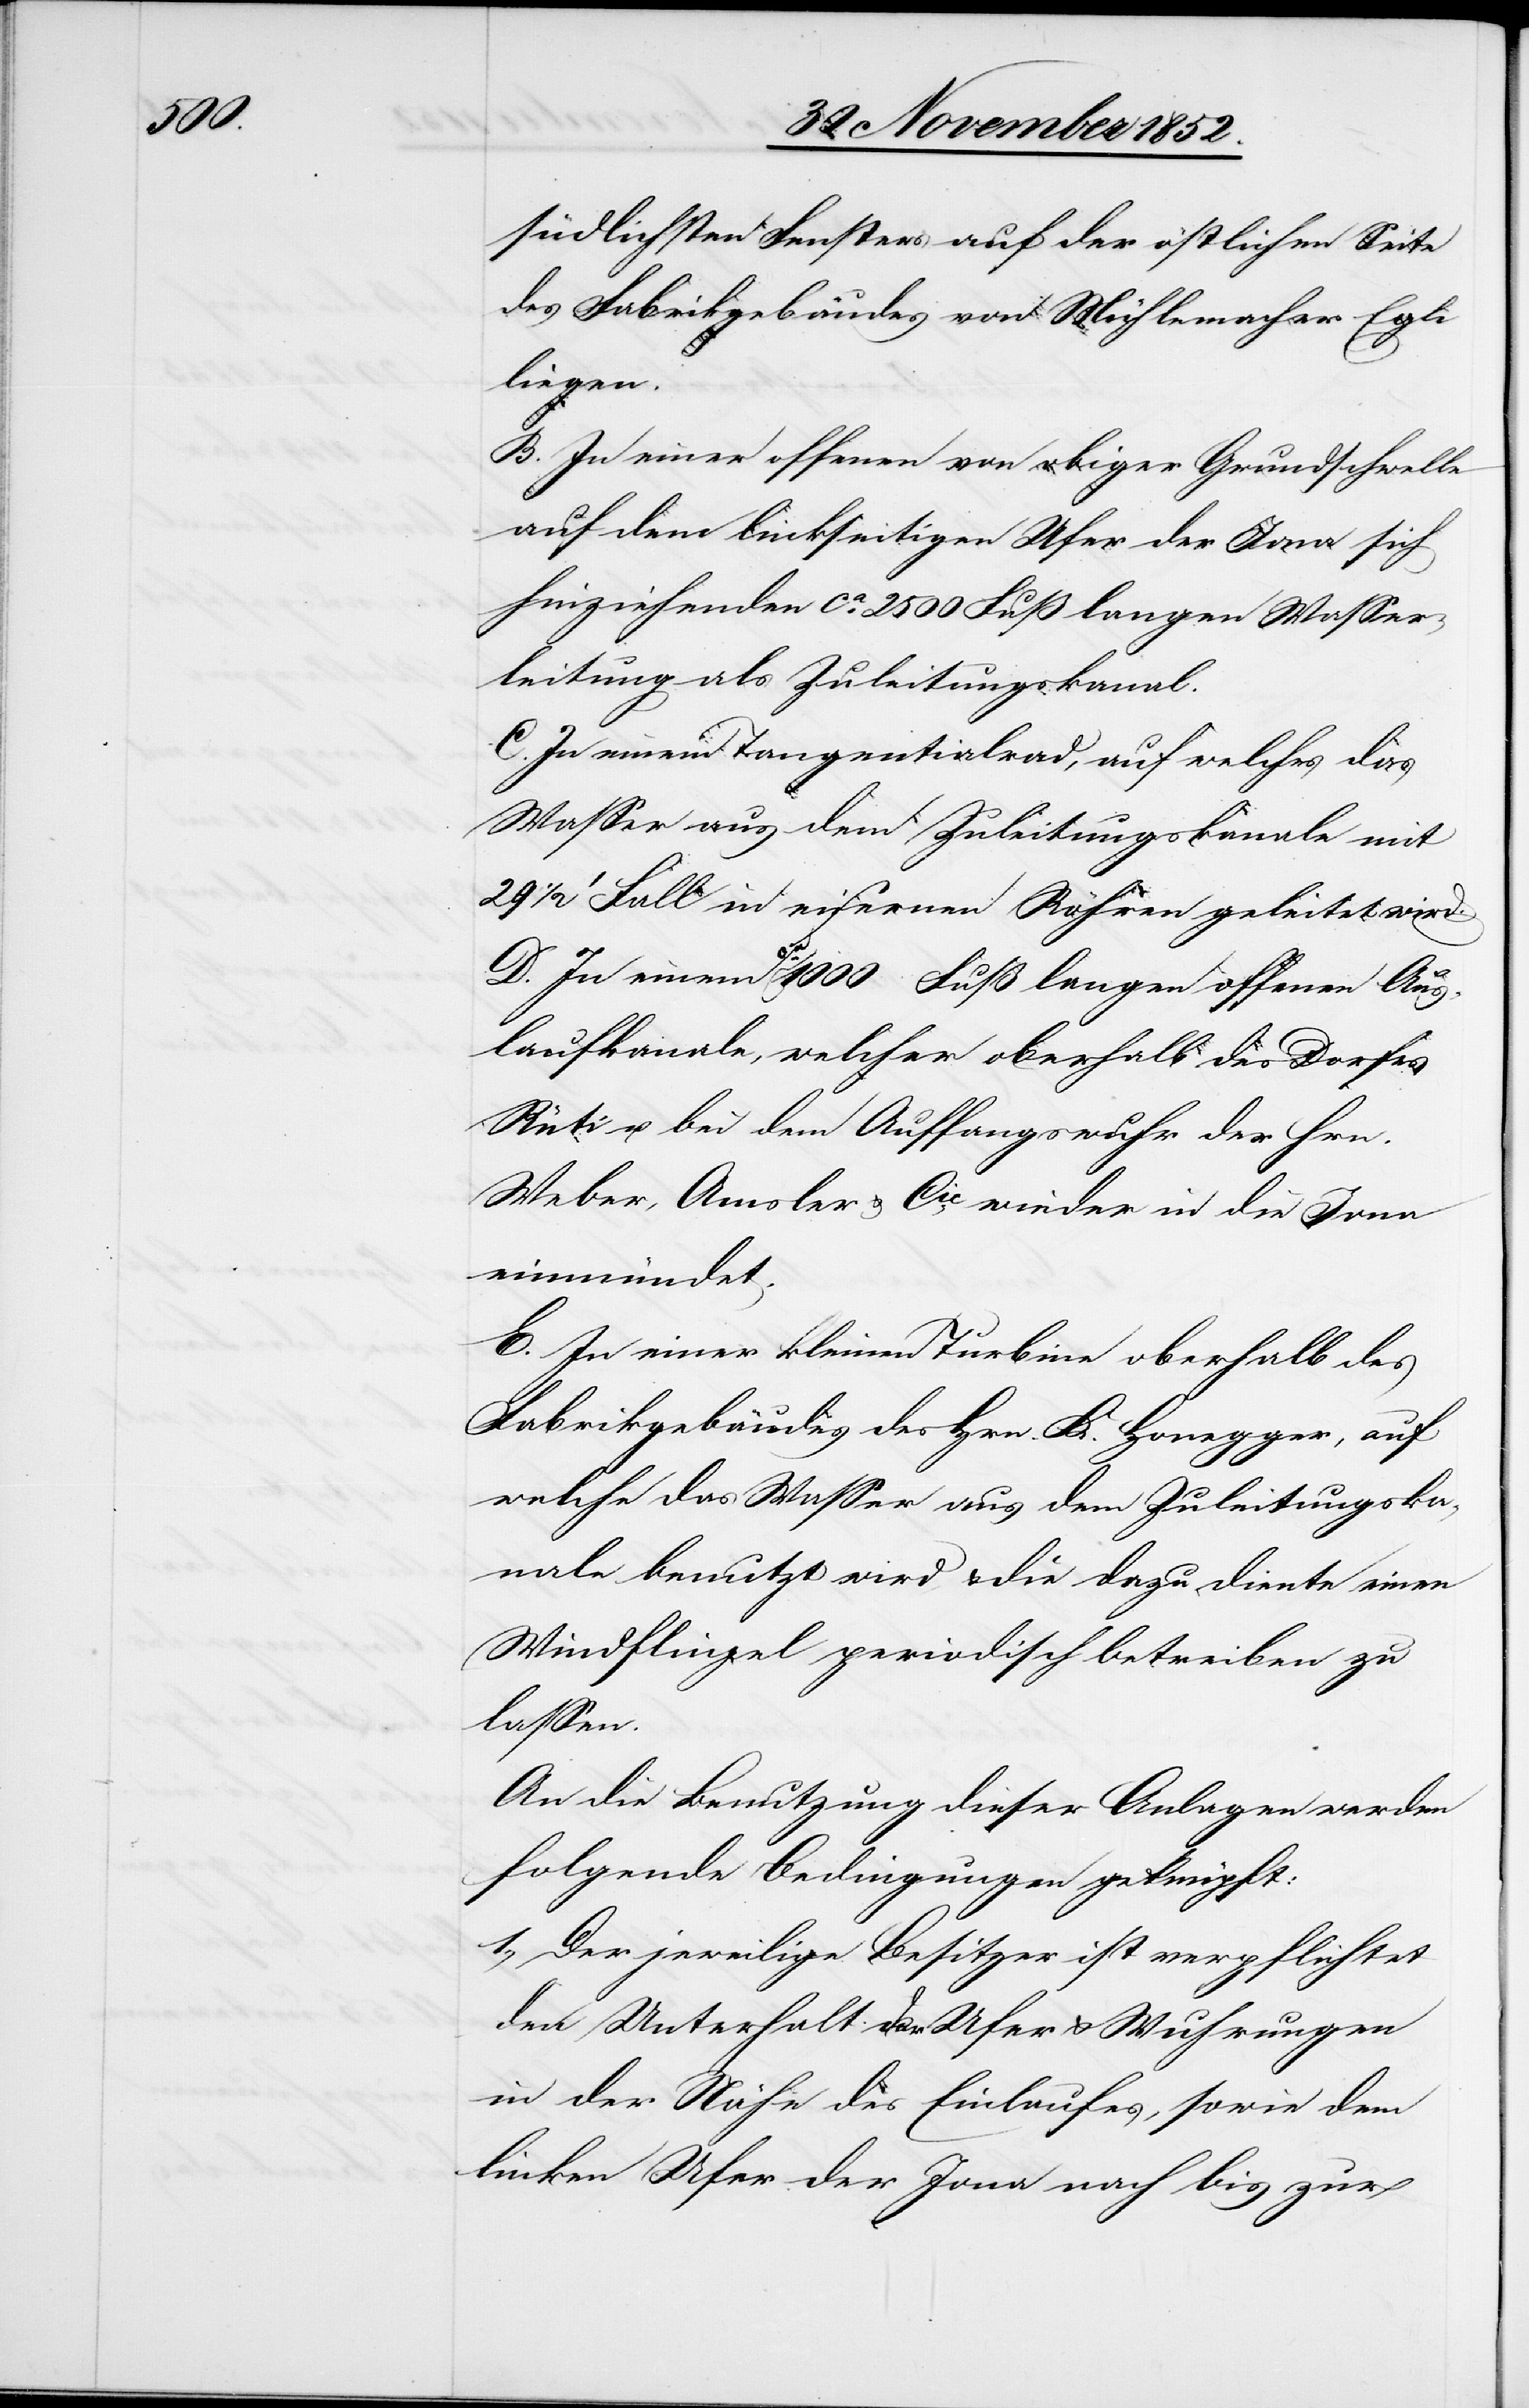
südlichsten Fensters auf der östlichen Seite
des Fabrikgebäudes von Mühlemacher Egli
liegen.
B. In einer offenen von obiger Grundschwelle
auf dem linkseitigen Ufer der Jona sich
hinziehenden ca. 2500 Fuß langen Wasser¬
leitung als Zuleitungskanal.
C. In einem Tangentialrad, auf welches das
Wasser aus dem Zuleitungskanale mit
29 1/2‘ Fall in eisernen Röhren geleitet wird.
D. In einem ca. 1000 Fuß langen offenen Aus¬
laufkanale, welcher oberhalb des Dorfes
Rüti u. bei dem Auffangswuhr der Hrn.
Weber, Amsler & Cie. wieder in die Jona
einmündet.
E. In einer kleinen Turbine oberhalb des
Fabrikgebäudes des Hrn. K. Honegger, auf
welche das Wasser aus dem Zuleitungska¬
nale benutzt wird, & die dazu diente einen
Windflügel periodisch betreiben zu
lassen.
An die Benutzung dieser Anlagen werden
folgende Bedingungen geknüpft:
1., Der jeweilige Besitzer ist verpflichtet
den Unterhalt der Ufer & Wuhrungen
in der Nähe des Einlaufes, sowie dem
linken Ufer der Jona nach bis zur